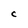
Character: C